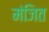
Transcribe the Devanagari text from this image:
मंजित